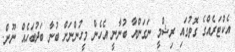
އެކްޓަރެއްގެ ގޮތުގައި ރިޝްމީ ނަގަންޔާ ބުނާނީ އެހެން މީހުންނަށް ބުނާ ބަދުބަހެއް ނޫން.